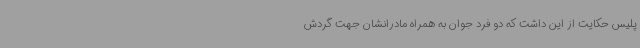
پلیس حکایت از این داشت که دو فرد جوان به همراه مادرانشان جهت گردش